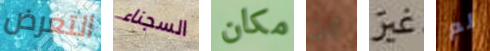
التعرض السجناء مكان أنت غير لم